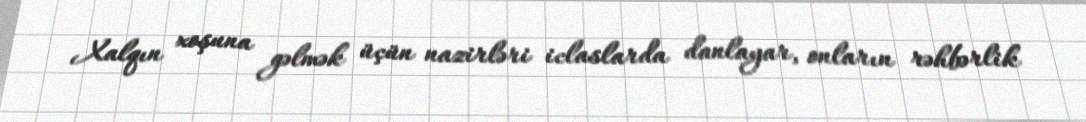
Xalqın xoşuna gəlmək üçün nazirləri iclaslarda danlayar, onların rəhbərlik